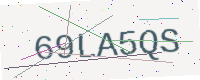
Text: 69LA5QS